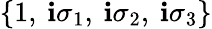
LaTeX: \left\{ 1,\: \mathbf{i}\sigma_{1},\: \mathbf{i}\sigma_{2},\: \mathbf{i}\sigma_{3}\right\}